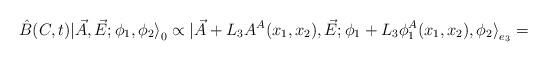
LaTeX: \begin{align*}\hat{B} (C,t)|\vec{A},\vec{E};\phi_1,\phi_2 {\rangle}_0 \propto |\vec{A}+L_3A^A(x_1,x_2),\vec{E}; \phi_1+L_3\phi^A_1(x_1,x_2),\phi_2 {\rangle}_{e_3}=\end{align*}